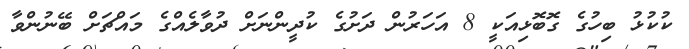
ކުކުޅު ބިހުގެ ގޮބޮޅިއަކީ 8 އަހަރުން ދަށުގެ ކުދީންނަށް ދުވާލެއްގެ މައްޗަށް ބޭނުންވާ